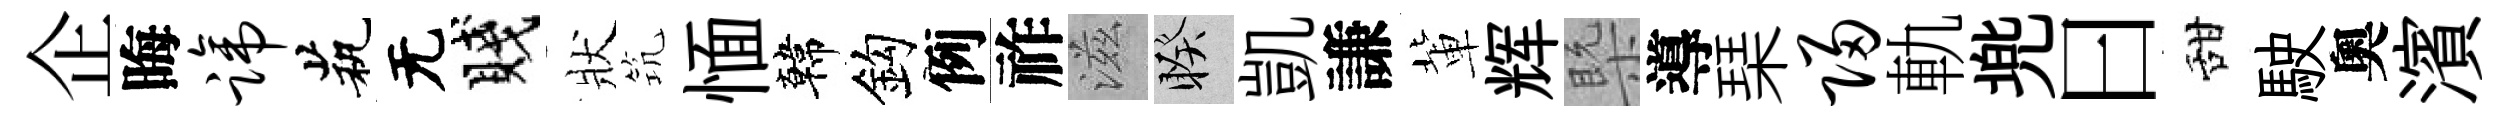
企晦蹄茕无賤狀𥬑愐韓鈎例祚滋睽凱謙軰辉槩導琹归軌兠曰甜駛奧濱